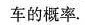
车的概率。